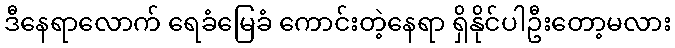
ဒီနေရာလောက် ရေခံမြေခံ ကောင်းတဲ့နေရာ ရှိနိုင်ပါဦးတော့မလား